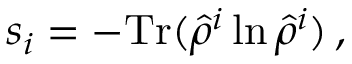
s _ { i } = - \mathrm { T r } ( \hat { \rho } ^ { i } \ln \hat { \rho } ^ { i } ) \, ,